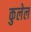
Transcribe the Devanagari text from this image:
कुलेल